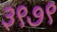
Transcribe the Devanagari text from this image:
३९७९